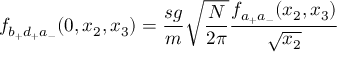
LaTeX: f _ { b _ { + } d _ { + } a _ { - } } ( 0 , x _ { 2 } , x _ { 3 } ) = \frac { s g } { m } \sqrt { \frac { N } { 2 \pi } } \frac { f _ { a _ { + } a _ { - } } ( x _ { 2 } , x _ { 3 } ) } { \sqrt { x _ { 2 } } }